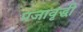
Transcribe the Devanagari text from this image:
प्रजावृद्धी